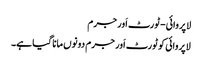
لاپروائی-ٹورٹ اَور جرم
لاپروائی کو ٹورٹ اَور جرم دونوں مانا گیا ہے۔